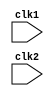
`timescale 1ns / 1ps
//////////////////////////////////////////////////////////////////////////////////
// Company: 
// Engineer: 
// 
// Design Name: 
// Module Name:    pipe_MIPS32 
// Project Name: 
// Target Devices: 
// Tool versions: 
// Description: 
//
// Dependencies: 
//
// Revision: 
// Revision 0.01 - File Created
// Additional Comments: 
//
//////////////////////////////////////////////////////////////////////////////////
module pipe_MIPS32(clk1,clk2);
input clk1,clk2;
reg [31:0] PC, IF_ID_IR, IF_ID_NPC;
reg [31:0] ID_EX_IR, ID_EX_NPC, ID_EX_A, ID_EX_B, ID_EX_Imm;
reg [2:0] ID_EX_type, EX_MEM_type, MEM_WB_type;
reg [31:0] EX_MEM_IR, EX_MEM_ALUOut, EX_MEM_B;
reg EX_MEM_cond;
reg [31:0] MEM_WB_IR, MEM_WB_ALUOut, MEM_WB_LMD;
reg [31:0] Reg [0:31];
reg [31:0] Mem [0:1023];
parameter ADD=6'b000000, SUB=6'b000001, AND=6'b000010, OR=6'b000011, SLT=6'b000100, MUL=6'b000101, HLT=6'b111111, LW=6'b001000, SW=6'b001001, ADDI=6'b001010, SUBI=6'b001011, SLTI=6'b001100, BNEQZ=6'b001101, BEQZ=6'b001110;
parameter RR_ALU=3'b000, RM_ALU=3'b001, LOAD=3'b010, STORE=3'b011, BRANCH=3'b100, HALT=3'b101;
reg HALTED;
reg TAKEN_BRANCH;

always@(posedge clk1)
if (HALTED == 0)
begin
if(((EX_MEM_IR[31:26]==BEQZ)&&(EX_MEM_cond==1))||((EX_MEM_IR[31:26]==BNEQZ)&&(EX_MEM_cond==0)))
begin
IF_ID_IR <= #2 Mem[EX_MEM_ALUOut];
TAKEN_BRANCH <= #2 1'b1;
IF_ID_NPC <= #2 EX_MEM_ALUOut+1;
PC <= #2 EX_MEM_ALUOut+1;
end
else
begin
IF_ID_IR <= #2 Mem[PC];
IF_ID_NPC <= #2 PC+1;
PC <= #2 PC+1;
end
end

always@(posedge clk2)
if (HALTED == 0)
begin
if(IF_ID_IR[25:21]==5'b00000) ID_EX_A <= 0;
else ID_EX_A <= #2 Reg[IF_ID_IR[25:21]];
if(IF_ID_IR[20:16]==5'b00000) ID_EX_B <= 0;
else ID_EX_B <= #2 Reg[IF_ID_IR[20:16]];
ID_EX_NPC <= #2 IF_ID_NPC;
ID_EX_IR <= #2 IF_ID_IR;
ID_EX_Imm <= #2 {{16{IF_ID_IR[15]}},{IF_ID_IR[15:0]}};
case (IF_ID_IR[31:26])
ADD,SUB,AND,OR,SLT,MUL: ID_EX_type <= #2 RR_ALU;
ADDI,SUBI,SLTI: ID_EX_type <= #2 RM_ALU;
LW: ID_EX_type <= #2 LOAD;
SW: ID_EX_type <= #2 STORE;
BNEQZ,BEQZ: ID_EX_type <= #2 BRANCH;
HLT: ID_EX_type <= #2 HALT;
default: ID_EX_type <= #2 HALT;
endcase
end

always@(posedge clk1)
if(HALTED==0)
begin
EX_MEM_type <= #2 ID_EX_type;
EX_MEM_IR <= #2 ID_EX_IR;
TAKEN_BRANCH <= #2 0;
case (ID_EX_type)
RR_ALU: begin
case (ID_EX_IR[31:26])
ADD: EX_MEM_ALUOut <= #2 ID_EX_A + ID_EX_B;
SUB: EX_MEM_ALUOut <= #2 ID_EX_A - ID_EX_B;
AND: EX_MEM_ALUOut <= #2 ID_EX_A & ID_EX_B;
OR: EX_MEM_ALUOut <= #2 ID_EX_A | ID_EX_B;
SLT: EX_MEM_ALUOut <= #2 ID_EX_A < ID_EX_B;
MUL: EX_MEM_ALUOut <= #2 ID_EX_A * ID_EX_B;
default: EX_MEM_ALUOut <= #2 32'hxxxxxxxx;
endcase
end

RM_ALU: 
begin
case(ID_EX_IR[31:26])
ADDI: EX_MEM_ALUOut <= #2 ID_EX_A + ID_EX_Imm;
SUBI: EX_MEM_ALUOut <= #2 ID_EX_A - ID_EX_Imm;
SLTI: EX_MEM_ALUOut <= #2 ID_EX_A < ID_EX_Imm;
default: EX_MEM_ALUOut <= #2 32'hxxxxxxxx;
endcase
end

LOAD, STORE:
begin
EX_MEM_ALUOut <= #2 ID_EX_A + ID_EX_Imm;
EX_MEM_B <= #2 ID_EX_B;
end

BRANCH:
begin
EX_MEM_ALUOut <= #2 ID_EX_NPC + ID_EX_Imm;
EX_MEM_cond <= #2 (ID_EX_A == 0);
end
endcase
end

always@(posedge clk2)
if (HALTED == 0)
begin
MEM_WB_type <= EX_MEM_type;
MEM_WB_IR <= #2 EX_MEM_IR;
case(EX_MEM_type)
RR_ALU, RM_ALU: MEM_WB_ALUOut <= EX_MEM_ALUOut;
LOAD: MEM_WB_LMD <= Mem[EX_MEM_ALUOut];
STORE: if(TAKEN_BRANCH==0)
Mem[EX_MEM_ALUOut] <= #2 EX_MEM_B;
endcase
end

always@(posedge clk1)
begin
if(TAKEN_BRANCH==0)
case(MEM_WB_type)
RR_ALU: Reg[MEM_WB_IR[15:11]] <= #2 MEM_WB_ALUOut;
RM_ALU: Reg[MEM_WB_IR[20:16]] <= #2 MEM_WB_ALUOut;
LOAD: Reg[MEM_WB_IR[20:16]] <= #2 MEM_WB_LMD;
HALT: HALTED <= #2 1'b1;
endcase
end
endmodule